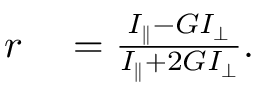
\begin{array} { r l } { r } & { { } = \frac { I _ { \parallel } - G I _ { \perp } } { I _ { \parallel } + 2 G I _ { \perp } } . } \end{array}